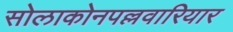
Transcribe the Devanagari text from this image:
सोलाकोनपल्लवारियार